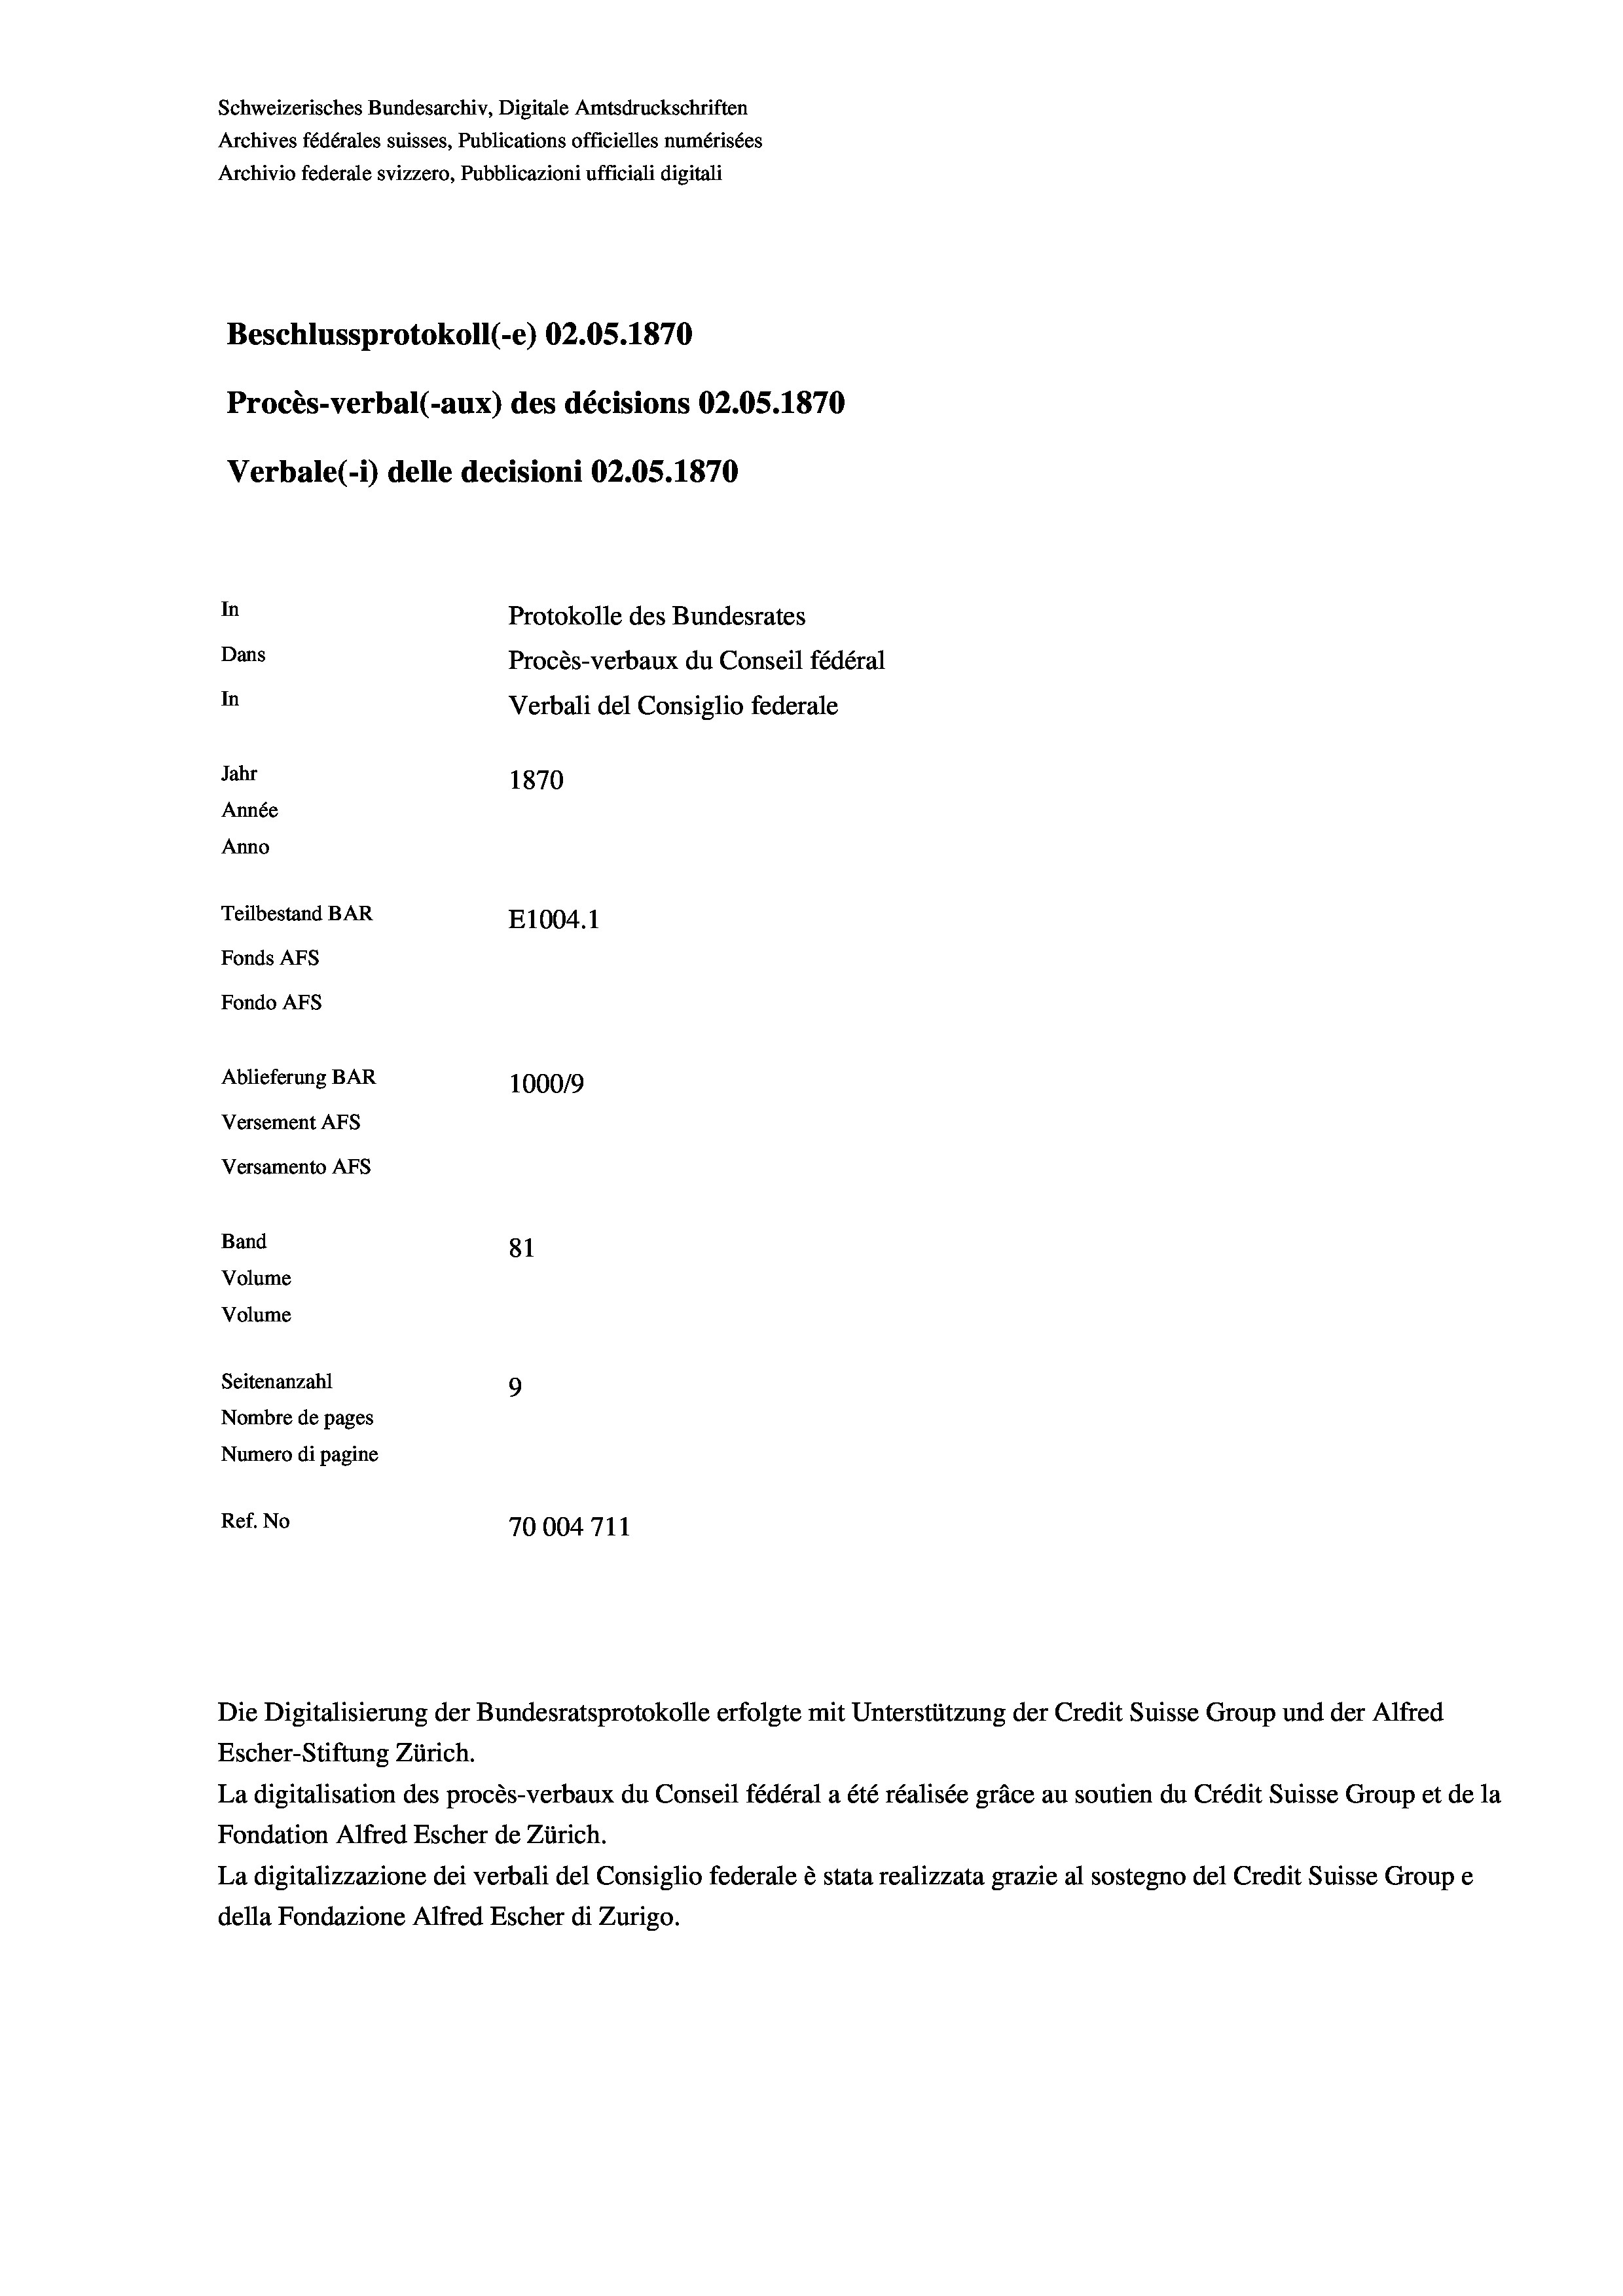
Schweizerisches Bundesarchiv, Digitale Amtsdruckschriften
Archives fédérales suisses, Publications officielles numérisées
Archivio federale svizzero, Pubblicazioni ufficiali digitali
Beschlussprotokoll (-e) 02.05. 1870
Procès-verbal (-aux) des décisions 02.05. 1870
Verbale (1) delle decisioni 02.05. 1870
In
Protokolle des Bundesrates
Dans
Procès-verbaux du Conseil fédéral
In
Verbali del Consiglio federale
Jahr
1870
Année
Anno
Teilbestand BAR
E1004.1
Fonds AFs
Fondo AFs
Ablieferung BAR
100019
Versement Abs

Versamento Afs
Band
Volume
Volume

81
Seitenanzahl
9
Nombre de pages
Numero di pagine
Ref. No
70004711
Die Digitalisierung der Bundesratsprotokolle erfolgte mit Unterstützung der Credit Suisse Group und der Alfred
Escher-Stiftung Zürich.

La digitalisation des procès-verbaux du Conseil fédéral a été réalisée gräce au soutien du Crédit Suisse Group et de la
Fondation Alfred Escher de Zürich.
La digitalizzazione dei verbali del Consiglio federale è stata realizzata grazie al sostegno del Credit Suisse Groupe
della Fondazione Alfred Escher di Zurigo.